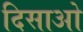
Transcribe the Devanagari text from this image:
दिसाओ